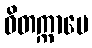
ဝိတက္ကာပေ